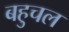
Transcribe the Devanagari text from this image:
बहुचल